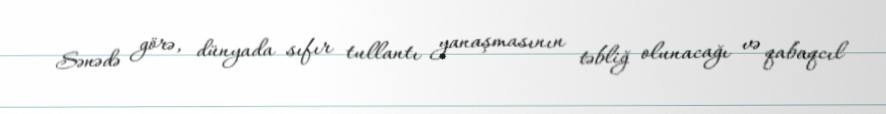
Sənədə görə, dünyada sıfır tullantı yanaşmasının təbliğ olunacağı və qabaqcıl